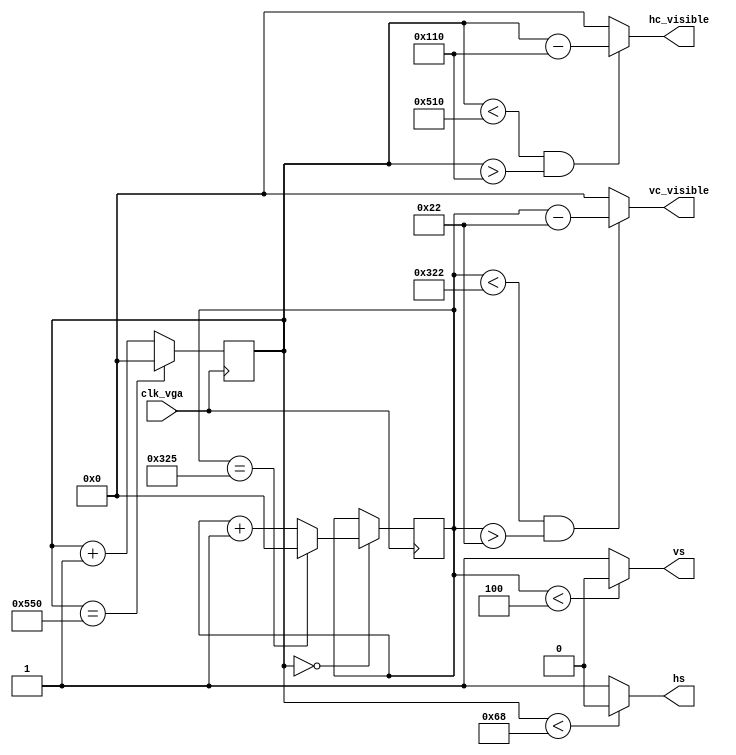
module driver_vga_1024x768_1(clk_vga, hs, vs,hc_visible,vc_visible);
	input clk_vga;                      
	output hs, vs; 
	output [10:0]hc_visible;
    output [10:0]vc_visible;
        parameter hpixels = 11'd1360;  
        parameter vlines  = 11'd805;  
        parameter hfp  = 11'd64;      
        parameter hsc  = 11'd104;      
        parameter hbp  = 11'd168;      
        parameter vfp  = 11'd3;       
        parameter vsc  = 11'd4;       
        parameter vbp  = 11'd30;      
        	reg [10:0] hc, hc_next, vc, vc_next;             
        assign hc_visible = ((hc < (hpixels - hfp)) && (hc > (hsc + hbp)))?(hc -(hsc + hbp)):10'd0;
        assign vc_visible = ((vc < (vlines - vfp)) && (vc > (vsc + vbp)))?(vc - (vsc + vbp)):10'd0;
        always@(*)
            if(hc == hpixels)                
                hc_next = 11'd0;            
            else
                hc_next = hc + 11'd1;        
        always@(*)
            if(hc == 11'd0)
                if(vc == vlines)
                    vc_next = 11'd0;
                else
                    vc_next = vc + 11'd1;
            else
                vc_next = vc;
        always@(posedge clk_vga)
            {hc, vc} <= {hc_next, vc_next};
        assign hs = (hc < hsc) ? 1'b0 : 1'b1;   
        assign vs = (vc < vsc) ? 1'b0 : 1'b1;   
endmodule